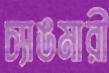
চ্যাঙমারী